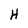
Character: H